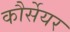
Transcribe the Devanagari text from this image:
कौर्सेयर